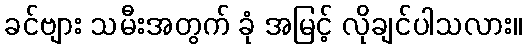
ခင်ဗျား သမီးအတွက် ခုံ အမြင့် လိုချင်ပါသလား။